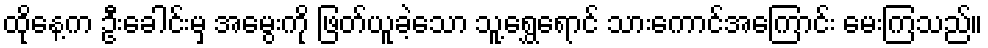
ထိုနေ့က ဦးခေါင်းမှ အမွေးကို ဖြတ်ယူခဲ့သော သူ့ရွှေရောင် သားကောင်အကြောင်း မေးကြသည်။